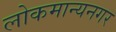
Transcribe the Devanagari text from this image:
लोकमान्यनगर